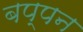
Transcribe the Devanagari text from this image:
बप्पन